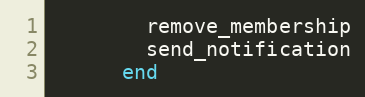
Language: Ruby
        remove_membership
        send_notification
      end